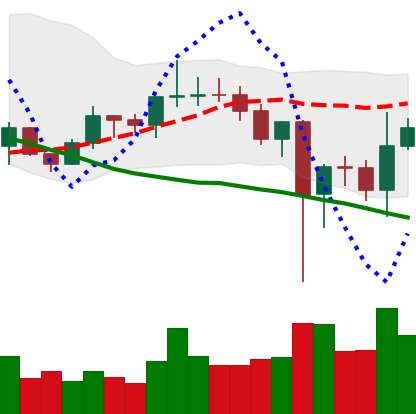
Ticker: LINK-USD
Chart end date: 2020-12-28
Forward return: -3.233%
Label: down_3_5